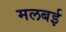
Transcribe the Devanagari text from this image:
मलबई